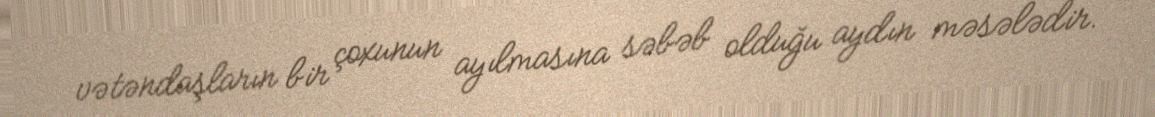
vətəndaşların bir çoxunun ayılmasına səbəb olduğu aydın məsələdir.